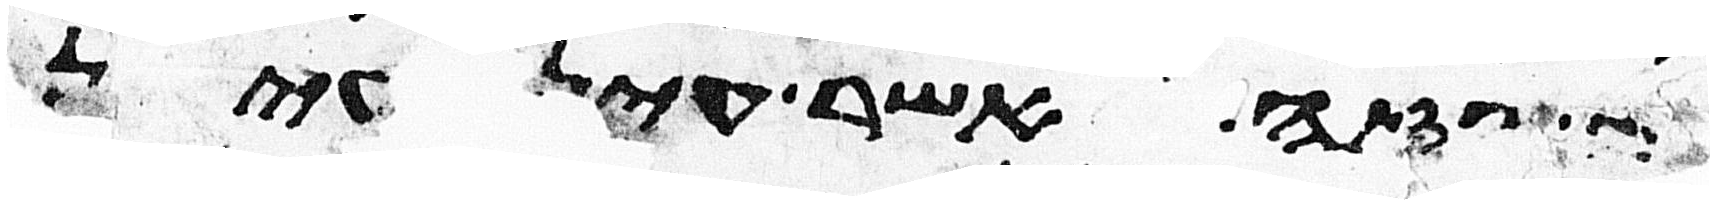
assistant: הזה אשר עין בעין